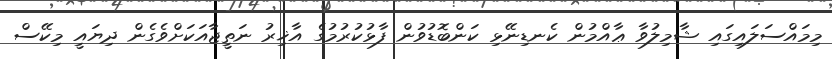
މިމައްސަލައިގައި ޝާމިލުވާ ޢާއްމުން ކެނޑިނޭޅި ކަންބޮޑުވުން ފާޅުކުރުމުގެ އާޚިރު ނަތީޖާއަކަށްވެގެން ދިޔައީ މިކޭސް